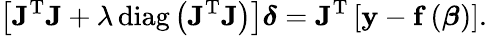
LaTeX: \left[\mathbf{J}^{\mathrm{T}}\mathbf{J}+\lambda\operatorname{diag}\left(\mathbf{J}^{\mathrm{T}}\mathbf{J}\right)\right]{\boldsymbol{\delta}}=\mathbf{J}^{\mathrm{T}}\left[\mathbf{y}-\mathbf{f}\left({\boldsymbol{\beta}}\right)\right].